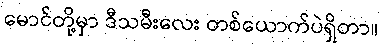
မောင်တို့မှာ ဒီသမီးလေး တစ်ယောက်ပဲရှိတာ။